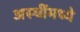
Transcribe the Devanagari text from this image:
अस्थींमध्ये